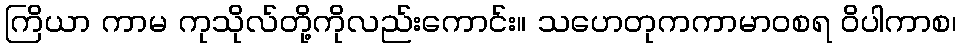
ကြိယာ ကာမ ကုသိုလ်တို့ကိုလည်းကောင်း။ သဟေတုကကာမာဝစရ ဝိပါကာစ၊